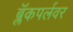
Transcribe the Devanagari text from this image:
ब्लॅकपर्लवर